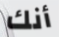
أنك